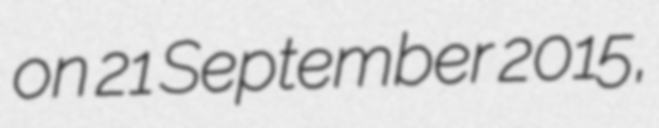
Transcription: on 21 September 2015,